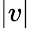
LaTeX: |v|